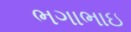
ભગાભાઇ